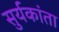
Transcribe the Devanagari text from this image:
सुर्यकांता